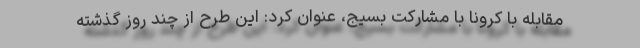
مقابله با کرونا با مشارکت بسیج، عنوان کرد: این طرح از چند روز گذشته